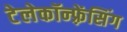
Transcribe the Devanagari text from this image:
टेलेकॉन्फ़्रेंसिंग